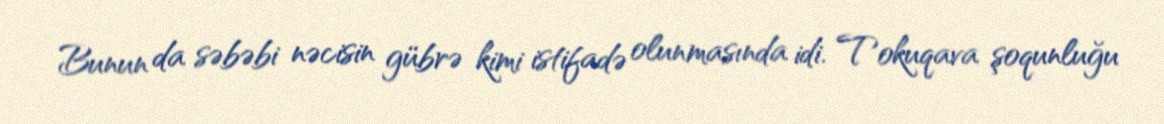
Bunun da səbəbi nəcisin gübrə kimi istifadə olunmasında idi. Tokuqava şoqunluğu